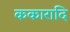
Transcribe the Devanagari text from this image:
ककारादि